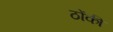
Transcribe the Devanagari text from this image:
ठोंकी